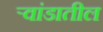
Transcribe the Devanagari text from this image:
र्‍वांडातील